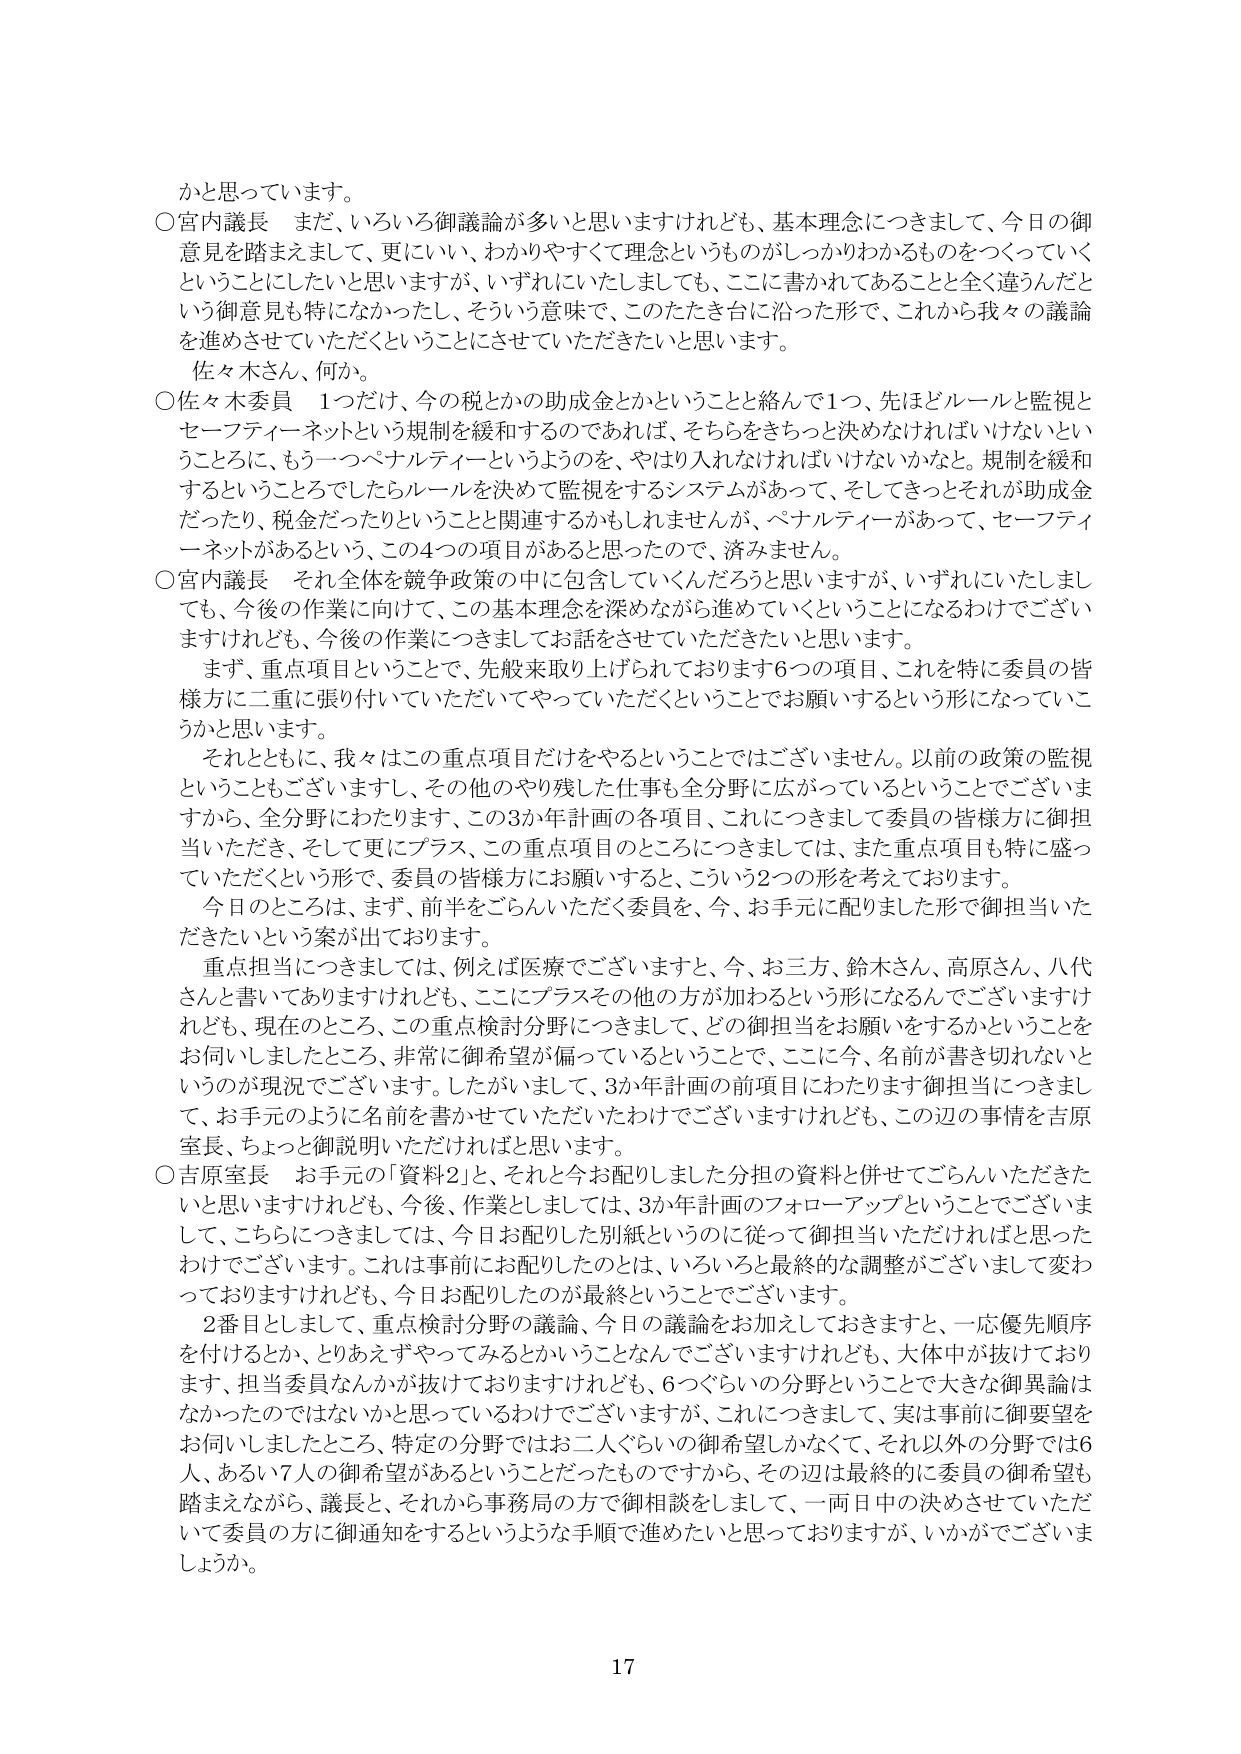
かと思っています。

○宮内議長　まだ、いろいろ御議論が多いと思いますけれども、基本理念につきまして、今日の御意見を踏まえまして、更にいい、わかりやすくて理念というものがしっかりわかるものをつくっていくということにしたいと思いますが、いずれにいたしましても、ここに書かれてあることと全く違うんだという御意見も特になかったし、そういう意味で、このたたき台に沿った形で、これから我々の議論を進めてさせていただくということにさせていただきたいと思います。
佐々木さん、何か。

○佐々木委員　1つだけ、今の税とかの助成金とかということと絡んで1つ、先ほどルールと監視とセーフティーネットという規制を緩和するのであれば、そちらをきちっと決めなければならないというところに、もう一つペナルティーようのを、やはり入れなければならないかなと。規制を緩和するというところでしたらルールを決めて監視をするシステムがあって、そしてきっとそれが助成金だったり、税金だったりということと関連するかもしれませんが、ペナルティーがあって、セーフティーネットがあるという、この4つの項目があると思ったので、済みません。

○宮内議長　それ全体を競争政策の中に包含していくんだろうと思いますが、いずれにいたしましても、今後の作業に向けて、この基本理念を深めながら進めていくということになるわけでございますけれども、今後の作業につきましてお話をしていただきたいと思います。
まず、重点項目ということで、先般来取り上げられております6つの項目、これを特に委員の皆様方に二重に張り付いていただいてやっていただくということでお願いするという形になっていこうかと思います。
それとともに、我々はこの重点項目だけをやるということではございません。以前の政策の監視ということもございますし、その他のやり残した仕事も全分野に広がっているということでございますから、全分野にわたります、この3か年計画の各項目、これにつきまして委員の皆様方に御担当いただき、そして更にプラス、この重点項目のところにつきましては、また重点項目も特に盛っていただくという形で、委員の皆様方にお願いすると、こういう2つの形を考えております。
今日のところは、まず、前半をごらんいただく委員を、今、お手元に配りました形で御担当いただきたいという案が出ております。
重点担当につきましては、例えば医療でございますと、今、お三方、鈴木さん、高原さん、八代さんと書いてありますけれども、ここにプラスその他の方が加わるという形になるんてございますけれども、現在のところ、この重点検討分野につきまして、どの御担当をお願いをするかということをお伺いしましたところ、非常に御希望が偏っているということで、ここに今、名前が書き切れないというのが現況でございます。したがいまして、3か年計画の前項目にわたります御担当につきまして、お手元のように名前を書かせていただいたわけでございますけれども、この辺の事情を吉原室長、ちょっと御説明いただければと思います。

○吉原室長　お手元の「資料2」と、それと今お配りしました分担の資料と併せてごらんいただきたいと思いますけれども、今後、作業としましては、3か年計画のフォローアップということでございまして、こちらにつきましては、今日お配りした別紙というのに従って御担当いただければと思ったわけでございます。これは事前にお配りしたのとは、いろいろと最終的な調整がございまして変わっておりますけれども、今日お配りしたのが最終ということでございます。
2番目としまして、重点検討分野の議論、今日の議論をお加えしておきますと、一応優先順序を付けるとか、とりあえずやってみるとかいうことなんでございますけれども、大体中が抜けております、担当委員なんかが抜けておりますけれども、6つぐらいの分野ということで大きな御異論はなかったのではないかと思っているわけでございますが、これにつきまして、実は事前に御要望をお伺いしましたところ、特定の分野ではお二人ぐらいの御希望しかなくて、それ以外の分野では6人、あるいは7人の御希望があるということだったものですから、その辺は最終的に委員の御希望も踏まえながら、議長と、それから事務局の方で御相談をしまして、一両日中の決めさせていただいて委員の方に御通知をするというような手順で進めたいと思っておりますが、いかがでございましょうか。

17